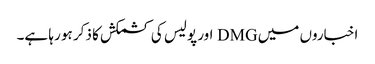
اخباروں میں DMG اور پولیس کی کشمکش کا ذکر ہو رہا ہے۔